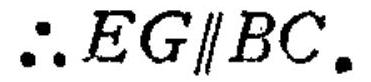
\(\therefore EG\parallel BC\)。